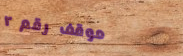
موقف رقم ٢